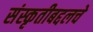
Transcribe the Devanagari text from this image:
संस्कृतीबद्दलचे